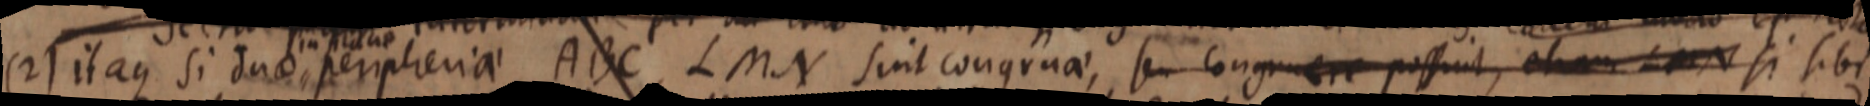
(2) itaque si duae peripheria ABC, LMN sint congruae, seu congruere possint, etiam L N si sibi